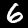
Digit: 6